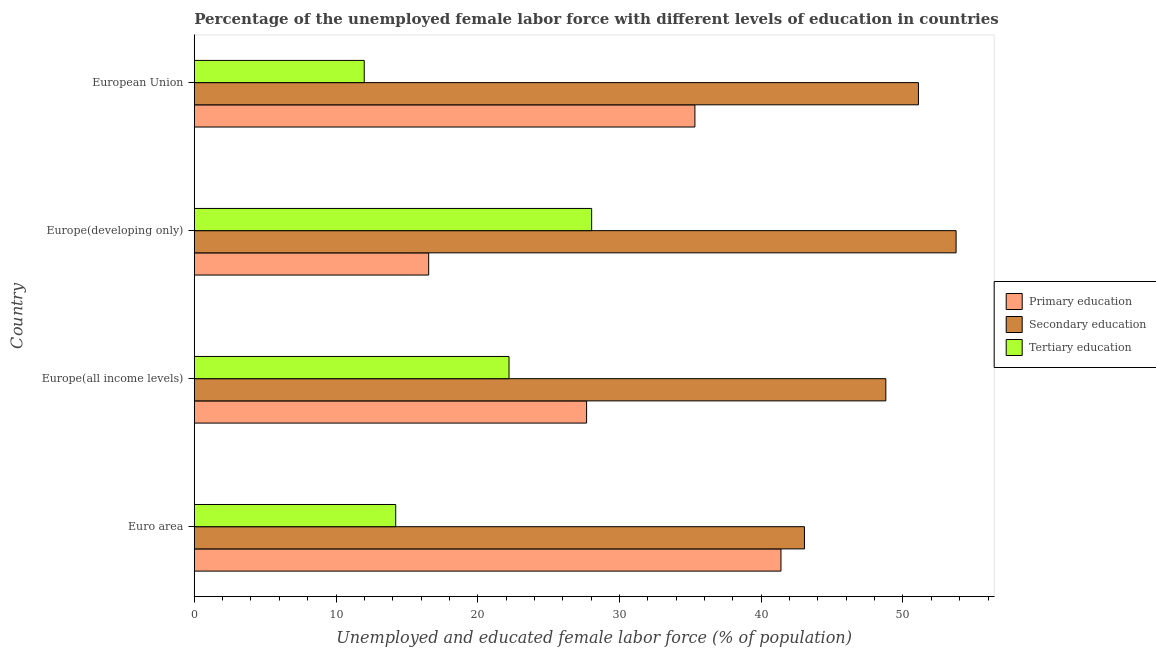
| Country | Primary education | Secondary education | Tertiary education |
 | --- | --- | --- | --- |
 | Euro area | 41.4 | 43 | 14.2 |
 | Europe(all income levels) | 27.7 | 48.8 | 22.2 |
 | Europe(developing only) | 16.5 | 53.7 | 28 |
 | European Union | 35.3 | 51.1 | 12 |